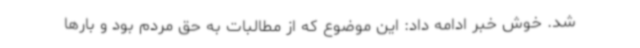
شد. خوش خبر ادامه داد: این موضوع که از مطالبات به حق مردم بود و بارها